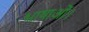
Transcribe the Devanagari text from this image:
भाषाओं।